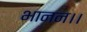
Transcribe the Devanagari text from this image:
भानन।।